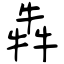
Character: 犇